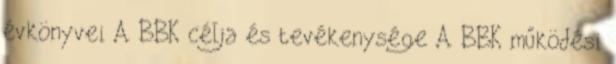
évkönyvei A BBK célja és tevékenysége A BBK működési